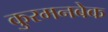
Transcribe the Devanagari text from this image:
कुरमनबेक